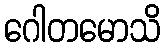
ဂေါတမောသိ